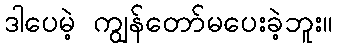
ဒါပေမဲ့ ကျွန်တော်မပေးခဲ့ဘူး။